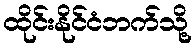
ထိုင်းနိုင်ငံဘက်သို့